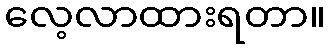
လေ့လာထားရတာ။